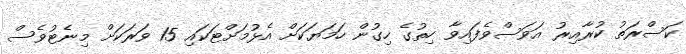
ކަސްރަތު ކުރާއިރު އަވަސްވެފައިވާ ހިތުގެ ހިގުން ހަމަޔަކަށް އެޅުމަށްޓަކައި 15 ވަރަކަށް މިނެޓުވެސް